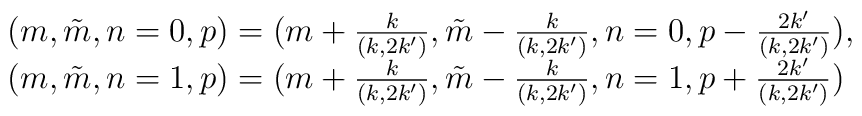
\begin{array}{l}(m,\tilde{m},n=0,p)=(m+\frac{k}{(k,2k')},\tilde{m}-\frac{k}{(k,2k')},n=0,p-\frac{2k'}{(k,2k')}), \\(m,\tilde{m},n=1,p)=(m+\frac{k}{(k,2k')},\tilde{m}-\frac{k}{(k,2k')},n=1,p+\frac{2k'}{(k,2k')}) \end{array}